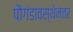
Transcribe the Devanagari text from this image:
पौगंडावस्थेनंतर